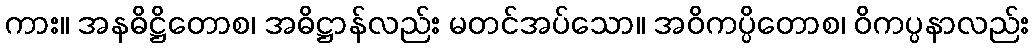
ကား။ အနဓိဋ္ဌိတောစ၊ အဓိဋ္ဌာန်လည်း မတင်အပ်သော။ အဝိကပ္ပိတောစ၊ ဝိကပ္ပနာလည်း